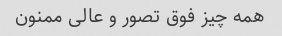
همه چیز فوق تصور و عالی ممنون